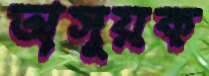
অসূয়ক